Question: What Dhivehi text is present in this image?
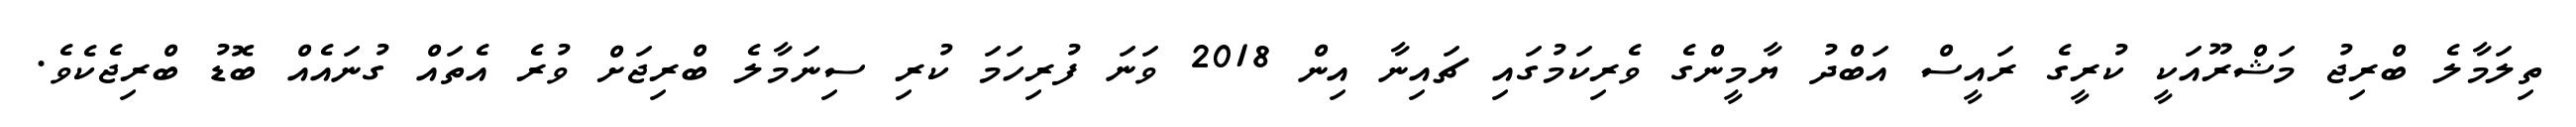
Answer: ތިލަމާލެ ބްރިޖު މަޝްރޫއަކީ ކުރީގެ ރައީސް އަބްދު ޔާމީންގެ ވެރިކަމުގައި ޗައިނާ އިން 2018 ވަނަ ފުރިހަމަ ކުރި ސިނަމާލެ ބްރިޖަށް ވުރެ އެތައް ގުނައެއް ބޮޑު ބްރިޖެކެވެ.